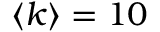
\langle k \rangle = 1 0